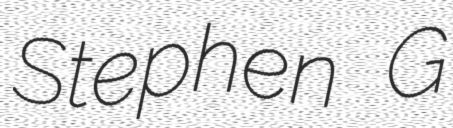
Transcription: Stephen G